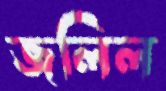
জলিল